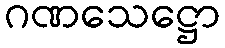
ဂဏသေဋ္ဌော